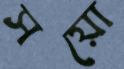
সয়ো